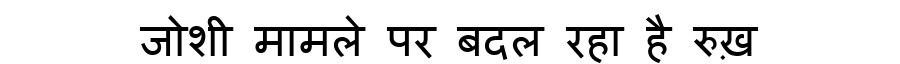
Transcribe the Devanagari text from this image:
जोशी मामले पर बदल रहा है रुख़